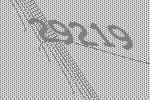
29219